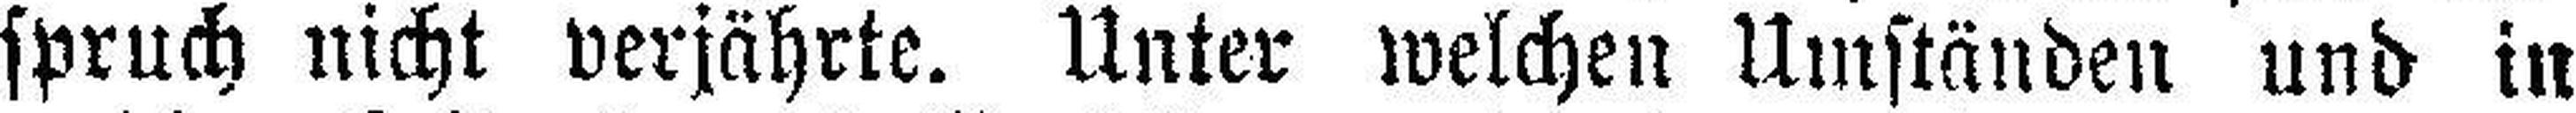
spruch nicht verjährte. Unter welchen Umständen und in